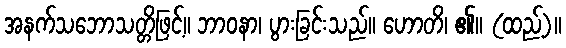
အနက်သဘောသတ္တိဖြင့်။ ဘာဝနာ၊ ပွားခြင်းသည်။ ဟောတိ၊ ၏။ (ထည့်)။